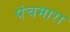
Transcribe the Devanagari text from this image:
पंचमारा